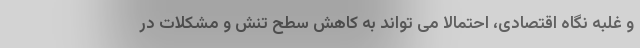
و غلبه نگاه اقتصادی، احتمالا می تواند به کاهش سطح تنش و مشکلات در